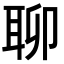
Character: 聊